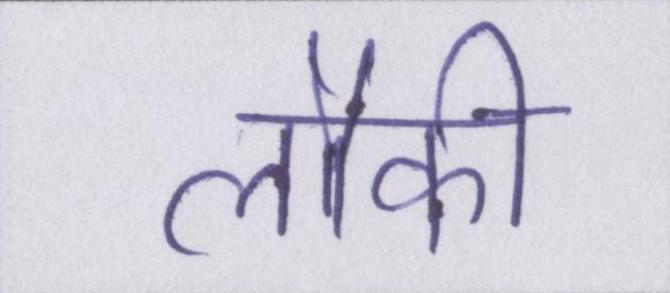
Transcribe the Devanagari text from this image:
लौकी